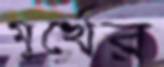
মূর্খের